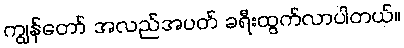
ကျွန်တော် အလည်အပတ် ခရီးထွက်လာပါတယ်။